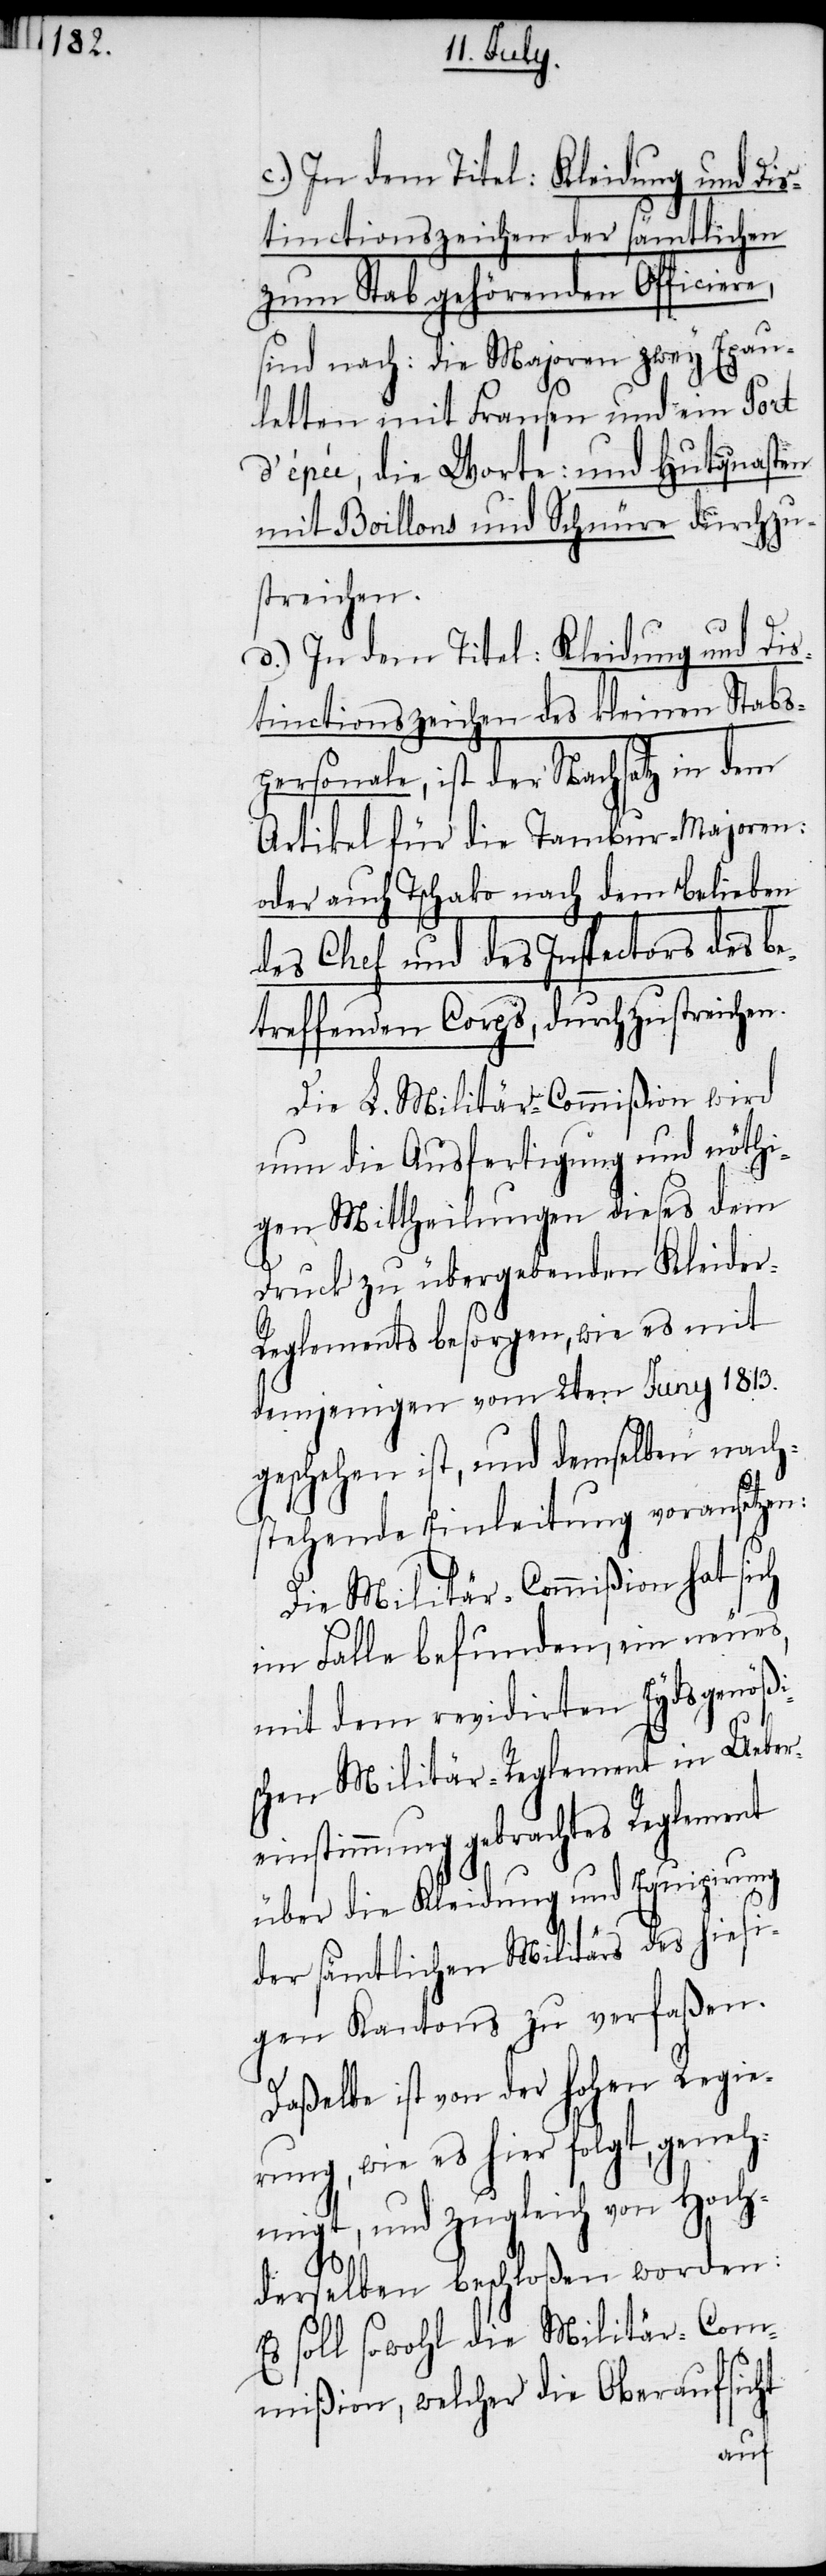
in Ueber¬
c.) In dem Titel: Kleidung und Dis¬
tinctionszeichen der sämtlichen
zum Stab gehörenden Officiere,
sind nach: die Majoren zwey Epau¬
letten mit Fransen und ein Port
d’épée, die Worte: und Hutquasten
mit Boillons und Schnüre durchzu¬
streichen.
d.) In dem Titel: Kleidung und Dis¬
tinctionszeichen des kleinen Stabs¬
personale, ist der Nachsatz in dem
Artikel für die Tambur-Majoren:
oder auch Tschako nach dem belieben
des Chef und des Inspectors des be¬
treffenden Corps, durchzustreichen.
Die L. Militär-Commißion wird
nun die Ausfertigung und nöthi¬
gen Mittheilungen dieses dem
Druck zu übergebenden Kleider-R¬
eglements besorgen, wie es mit
demjenigen vom 2ten Juny 1813.
geschehen ist, und demselben nach¬
stehende Einleitung voransetzen:
Die Militär-Commißion hat sich
im Falle befunden, ein neues,
mit dem revidirten Eydsgenößis¬
einstimmung gebrachtes Reglement
über die Kleidung und Equipirung
der sämtlichen Militärs des hiesi¬
gen Kantons zu verfaßen.
Daßelbe ist von der hohen Regie¬
rung, wie es hier folgt, geneh¬
migt, und zugleich von Hoch¬
derselben beschloßen worden:
Es soll sowohl die Militär-Com¬
mißion, welcher die Oberaufsicht
chen